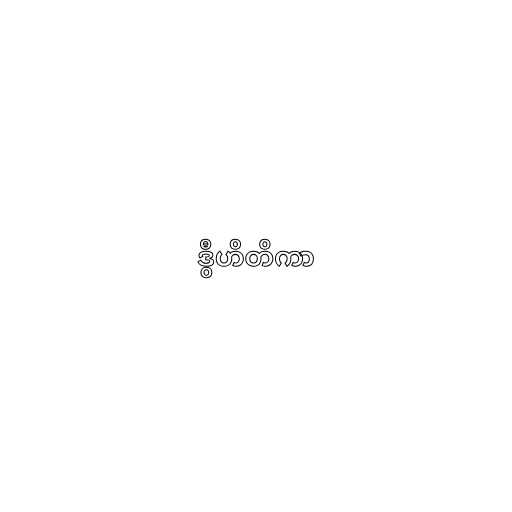
ဒွီဟိတိကာ